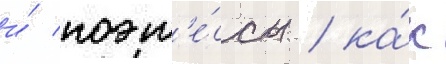
и́ поэт'е́ссы / ка́к